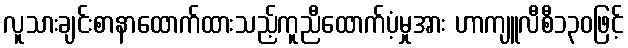
လူသားချင်းစာနာထောက်ထားသည့်ကူညီထောက်ပံ့မှုအား ဟာကျူလီစီ၁၃၀ဖြင့်